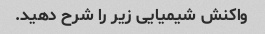
واکنش شیمیایی زیر را شرح دهید.